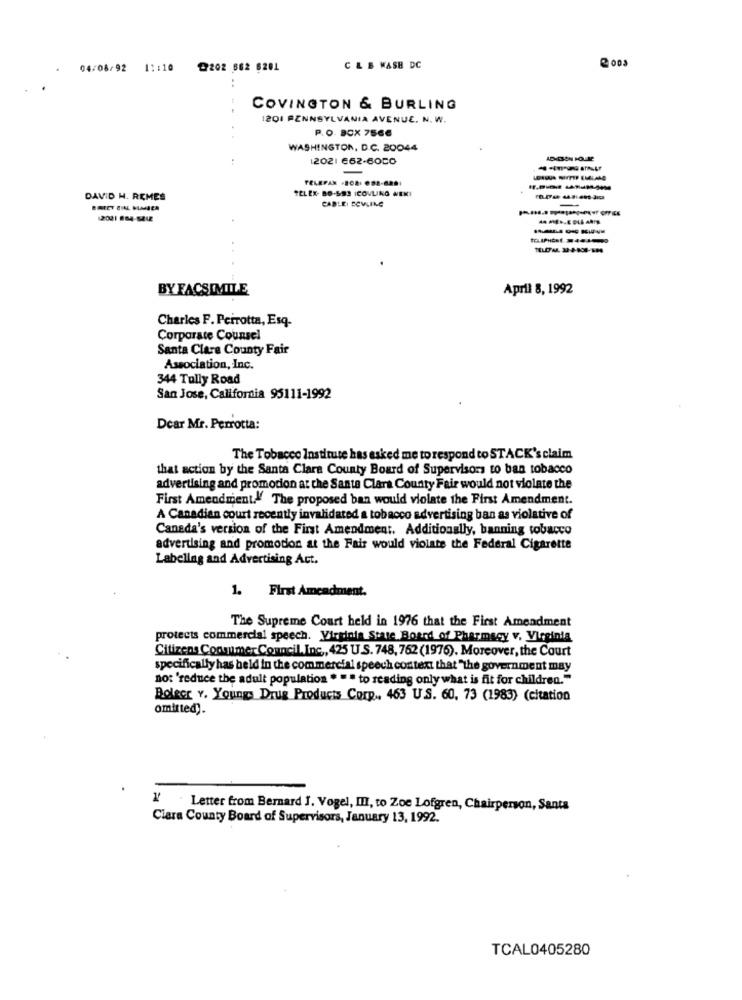
04/08/92
1 :: 10
@202 862 6201
C & B WASH DC
COVINGTON & BURLING
1201 PENNSYLVANIA AVENUE. N. W.
P.O. BOX 756€
WASHINGTON, D.C. 20044
12021 €62-6050
-
FELEPAN -BC8: 082-8001
TELEX- BO-593 ICOVLING NEKI
DAVID H. REMES
CABLE BOWLING
-
2001 884-5442
BY FACSIMILE
April 8, 1992
Charles F. Perrotta, Esq-
Corporate Counsel
Santa Clara County Fair
Association, Inc.
344 Tully Road
San Jose, California 95111-1992
Dear Mr. Perrotta:
The Tobacco Institute has asked me to respond to STACK's claim
that action by the Santa Clara County Board of Supervisors to ban tobacco
advertising and promocion at the Santa Clara County Fair would not violate the
First Amendment. The proposed ban would violate the First Amendment.
A Canadian court recently invalidated a tobacco advertising ban as violative of
Canada's version of the First Amendment. Additionally, banning tobacco
advertising and promotion at the Fair would violate the Federal Cigarette
Labellag and Advertising Act.
1. First Amendment.
The Supreme Court held in 1976 that the First Amendment
protects commercial speech. Virginia State Board of Pharmacy v. Virginia
Citizens Consumer Council.Inc, 425 U.S. 748, 762 (1976). Moreover, the Court
specifically has held in the commercial speech context that "the government may
no: 'reduce the adult population . "" to reading only what is fit for children."
Bolecr Y. Youngs Drug Products Corp ., 463 US. 60, 73 (1983) (citation
omitted).
Letter from Bernard 1. Vogel, III, to Zoe Lofgren, Chairperson, Santa
Clara County Board of Supervisors, January 13, 1992.
TCAL0405280